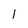
Character: 1